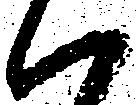
ハ